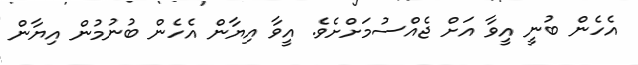
އެހެން ބުނީ އީވާ އަށް ޖެއްސުމަށްށެވެ. އީވާ އިޔާން އެހެން ބުނުމުން އިޔާން